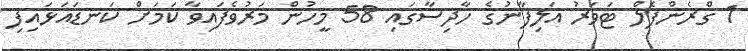
1 ގްރެންފެލް ޓަވަރު އަލިފާނުގެ ހާދިސާގައި 58 މީހުން މަރުވެފައިވާ ކަމަށް ކަނޑައަޅައިފި